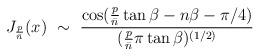
LaTeX: \begin{align*}J_{{p \over {\bar n}}}(x)~\sim~{ \cos({p \over {\bar n}} \tan\beta -n\beta -\pi/4)\over( {p \over {\bar n}}\pi\tan\beta)^{(1/2)}}\end{align*}